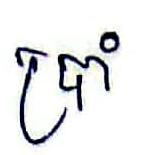
ប្រាំ